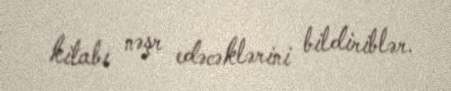
kitabı nəşr edəcəklərini bildiriblər.